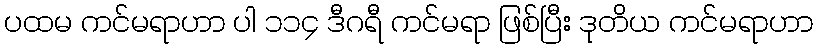
ပထမ ကင်မရာဟာ ပါ ၁၁၄ ဒီဂရီ ကင်မရာ ဖြစ်ပြီး ဒုတိယ ကင်မရာဟာ